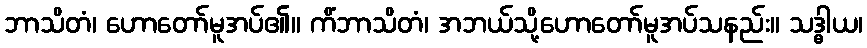
ဘာသိတံ၊ ဟောတော်မူအပ်၏။ ကိံဘာသိတံ၊ အဘယ်သို့ဟောတော်မူအပ်သနည်း။ သဒ္ဓါယ၊